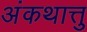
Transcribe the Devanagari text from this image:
अंकथात्तु